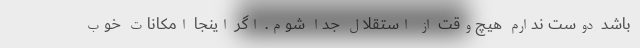
باشد دوست ندارم هیچ‌وقت از استقلال جدا شوم. اگر اینجا امکانات خوب